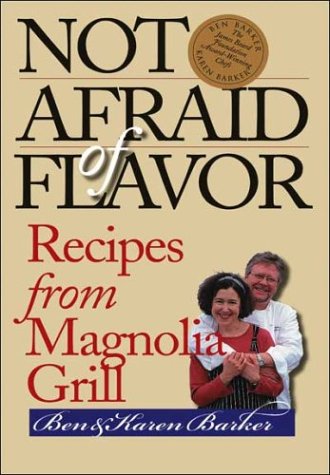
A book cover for Not Afraid of Flavor: Recipes from Magnolia Grill; Ben Barker; Cookbooks, Food & Wine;